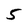
Character: 5